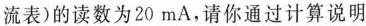
流表)的读数为20mA，请你通过计算说明